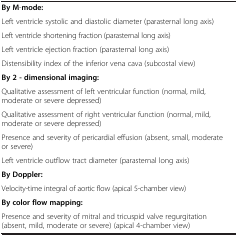
<table><thead><tr><td><b> </b></td><td><b> </b></td></tr></thead><tbody><tr><td colspan="2"><b>By M</b>-<b>mode:</b></td></tr><tr><td>Left ventricle systolic and diastolic diameter (parasternal long axis)</td><td> </td></tr><tr><td>Left ventricle shortening fraction (parasternal long axis)</td><td> </td></tr><tr><td>Left ventricle ejection fraction (parasternal long axis)</td><td> </td></tr><tr><td>Distensibility index of the inferior vena cava (subcostal view)</td><td> </td></tr><tr><td colspan="2"><b>By 2 - dimensional imaging:</b></td></tr><tr><td>Qualitative assessment of left ventricular function (normal, mild, moderate or severe depressed)</td><td> </td></tr><tr><td>Qualitative assessment of right ventricular function (normal, mild, moderate or severe depressed)</td><td> </td></tr><tr><td>Presence and severity of pericardial effusion (absent, small, moderate or severe)</td><td> </td></tr><tr><td>Left ventricle outflow tract diameter (parasternal long axis)</td><td> </td></tr><tr><td colspan="2"><b>By Doppler:</b></td></tr><tr><td>Velocity-time integral of aortic flow (apical 5-chamber view)</td><td> </td></tr><tr><td><b>By color flow mapping:</b></td><td> </td></tr><tr><td>Presence and severity of mitral and tricuspid valve regurgitation (absent, mild, moderate or severe) (apical 4-chamber view)</td><td> </td></tr></tbody></table>